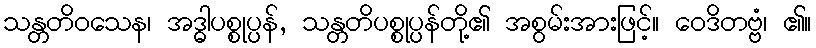
သန္တတိဝသေန၊ အဒ္ဓါပစ္စုပ္ပန်, သန္တတိပစ္စုပ္ပန်တို့၏ အစွမ်းအားဖြင့်။ ဝေဒိတဗ္ဗံ၊ ၏။